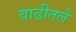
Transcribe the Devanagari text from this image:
वाढीतले